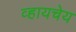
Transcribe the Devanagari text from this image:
व्हायचेय